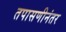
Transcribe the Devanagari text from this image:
तपासणीनंतर